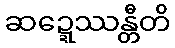
ဆဍ္ဍေဿန္တီတိ